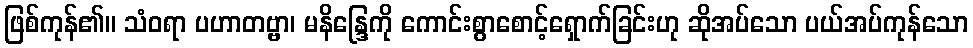
ဖြစ်ကုန်၏။ သံဝရာ ပဟာတဗ္ဗာ၊ မနိန္ဒြေကို ကောင်းစွာစောင့်ရှောက်ခြင်းဟု ဆိုအပ်သော ပယ်အပ်ကုန်သော